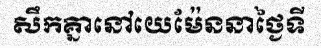
សឹកគ្នានៅយេម៉ែននាថ្ងៃទី